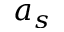
a _ { s }